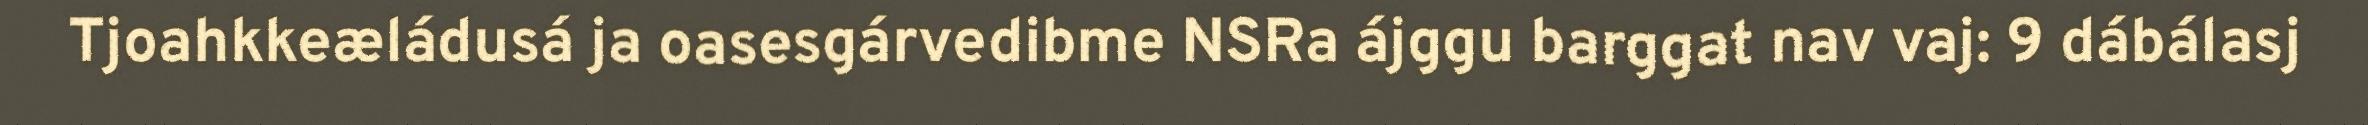
Tjoahkkeæládusá ja oasesgárvedibme NSRa ájggu barggat nav vaj: 9 dábálasj